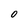
Character: 0